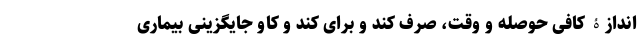
اندازۀ کافی حوصله و وقت، صرف کند و برای کند و کاو جایگزینی بیماری